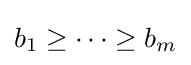
b_{1}\geq \cdots \geq b_{m}